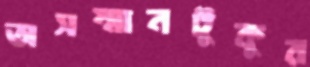
অসম্মানটুকুর